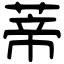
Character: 蒂